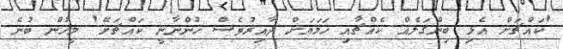
'ކައްޗަށް އެޅި ބިންގަލެއް ކެއްޗާއި ހަމަޔަށް ދާއިރުވެސް ހުންނާނީ ކައްޗަށޭ' މީހުން ބުނެ